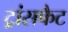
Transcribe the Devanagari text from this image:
ट्रांसफैट